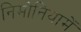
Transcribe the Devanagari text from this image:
निमोनियामें